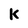
Character: k